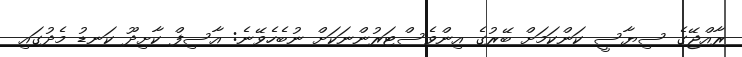
ރާއްޖޭގެ ސިޔާސީ ކަންކަމަށް ބޭރުގެ އިންވެސްޓަރުންނަކަށް ނުބެހެވޭނެ: އާސިފް ކާށިދޫ ކަނޑު މެދުގައި